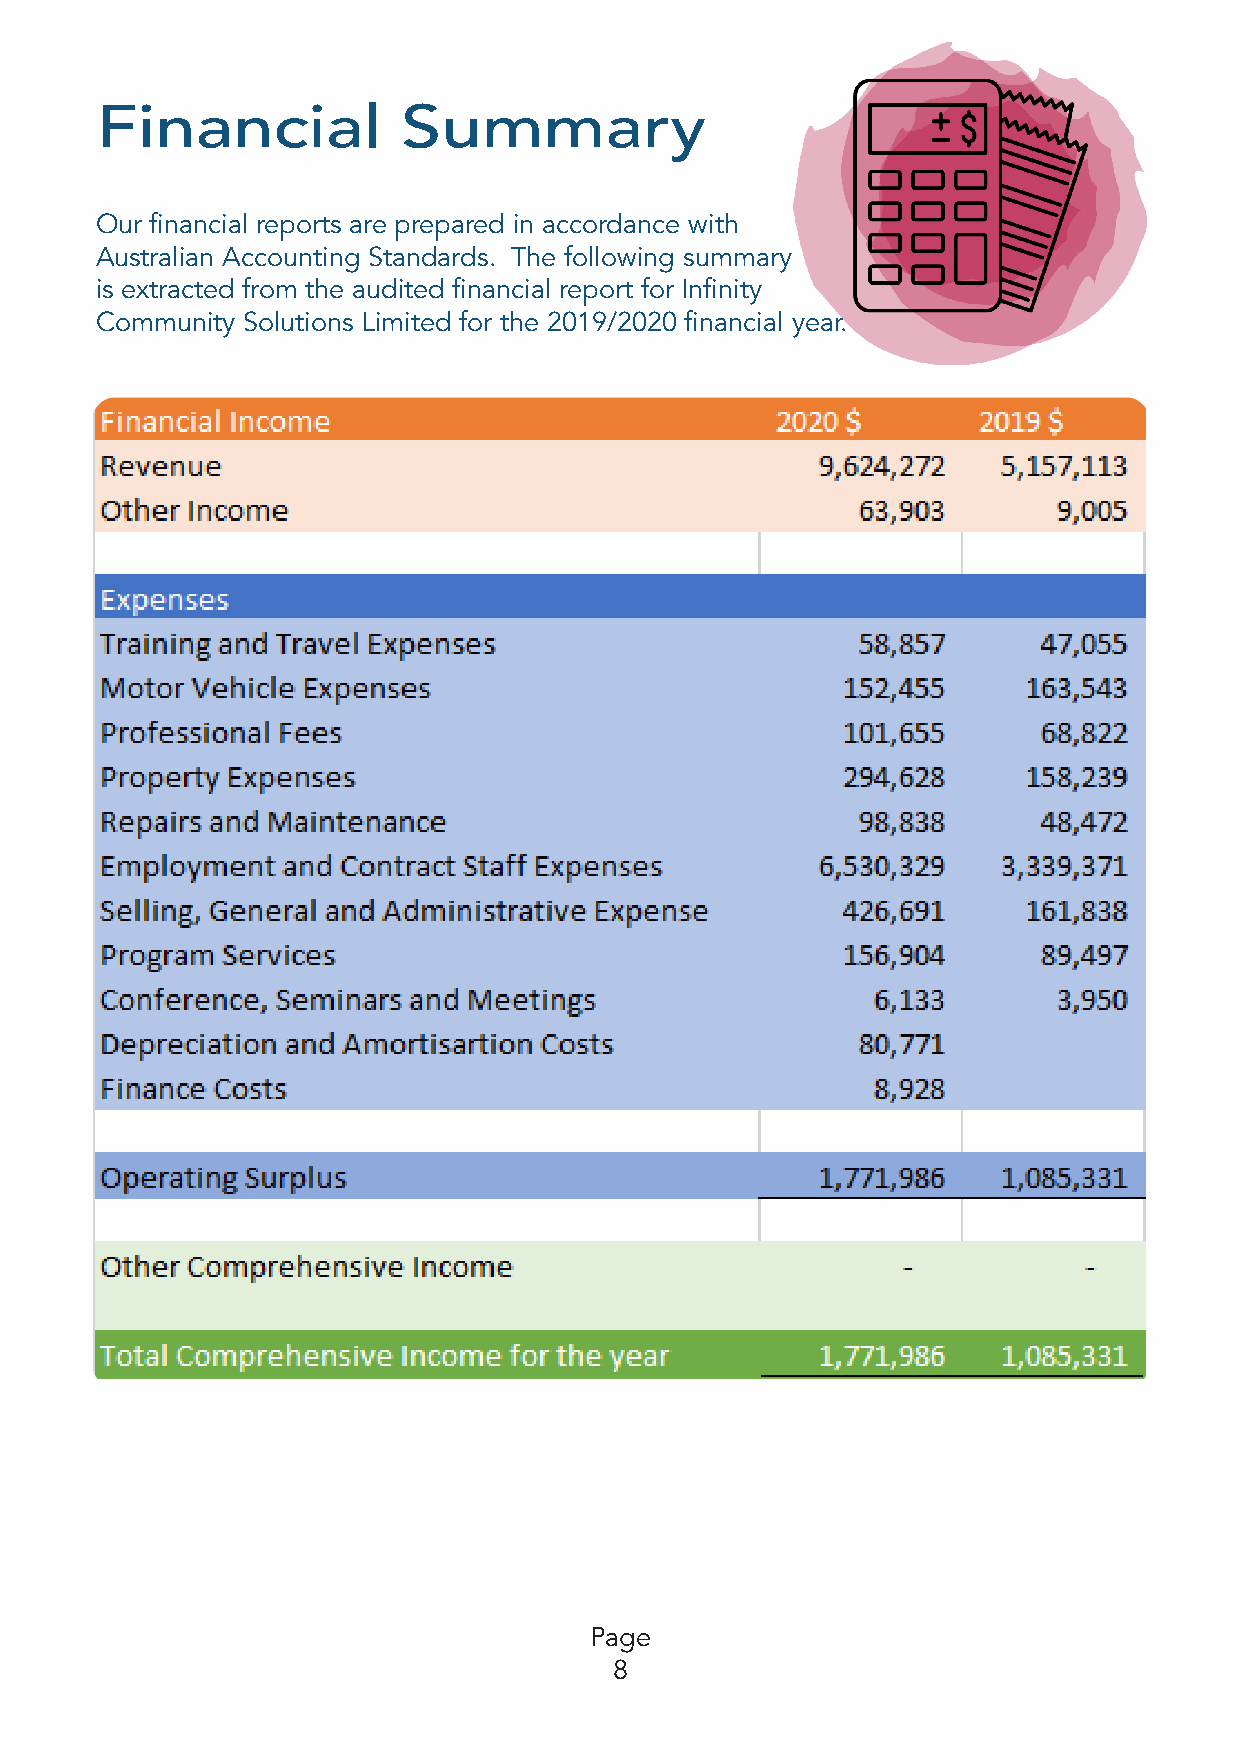
Financial            Summary
 Our financial reports are prepared in accordance with
 Australian Accounting Standards� The following summary
 is extracted from the audited financial report for Infinity
 Community Solutions Limited for the 2019/2020 financial year�
 Page
 8